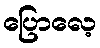
ပြောလေ့